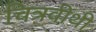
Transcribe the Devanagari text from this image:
चित्रवीथी